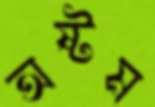
অষ্টম